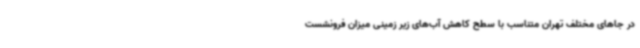
در جاهای مختلف تهران متناسب با سطح کاهش آب‌های زیر زمینی میزان فرونشست